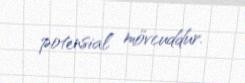
potensial mövcuddur.